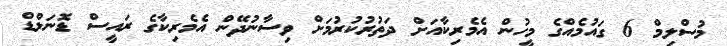
މުސްލިމް 6 ގައުމެއްގެ މީހުން އެމެރިކާއަށް ދަތުރުކުރުމަށް ވިސާނުދޭން އެމެރިކާގެ ރައީސް ޑޮނަލްޑް